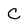
Character: C